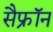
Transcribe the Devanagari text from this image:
सैफ्रॉन